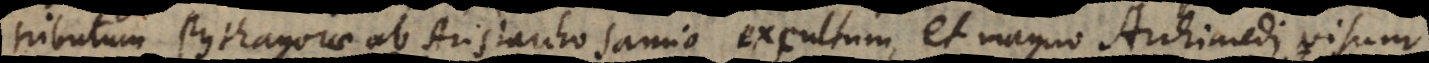
tributum Pythagorae, ab Aristarcho Samio excultum, et magno Archimedi visum